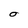
Character: O